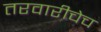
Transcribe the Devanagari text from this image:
तरवारीचेच